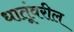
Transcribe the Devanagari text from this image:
धातूंवरील